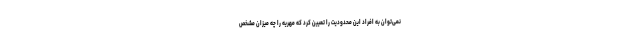
نمی‌توان به افراد این محدودیت را تعیین کرد که مهریه را چه میزان مشخص